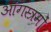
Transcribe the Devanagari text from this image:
आंगस्त्रमों